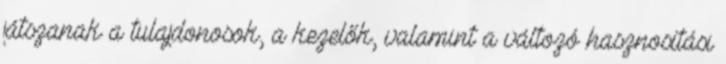
játszanak a tulajdonosok, a kezelők, valamint a változó hasznosítási